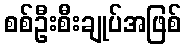
စစ်ဦးစီးချုပ်အဖြစ်